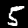
Digit: 5